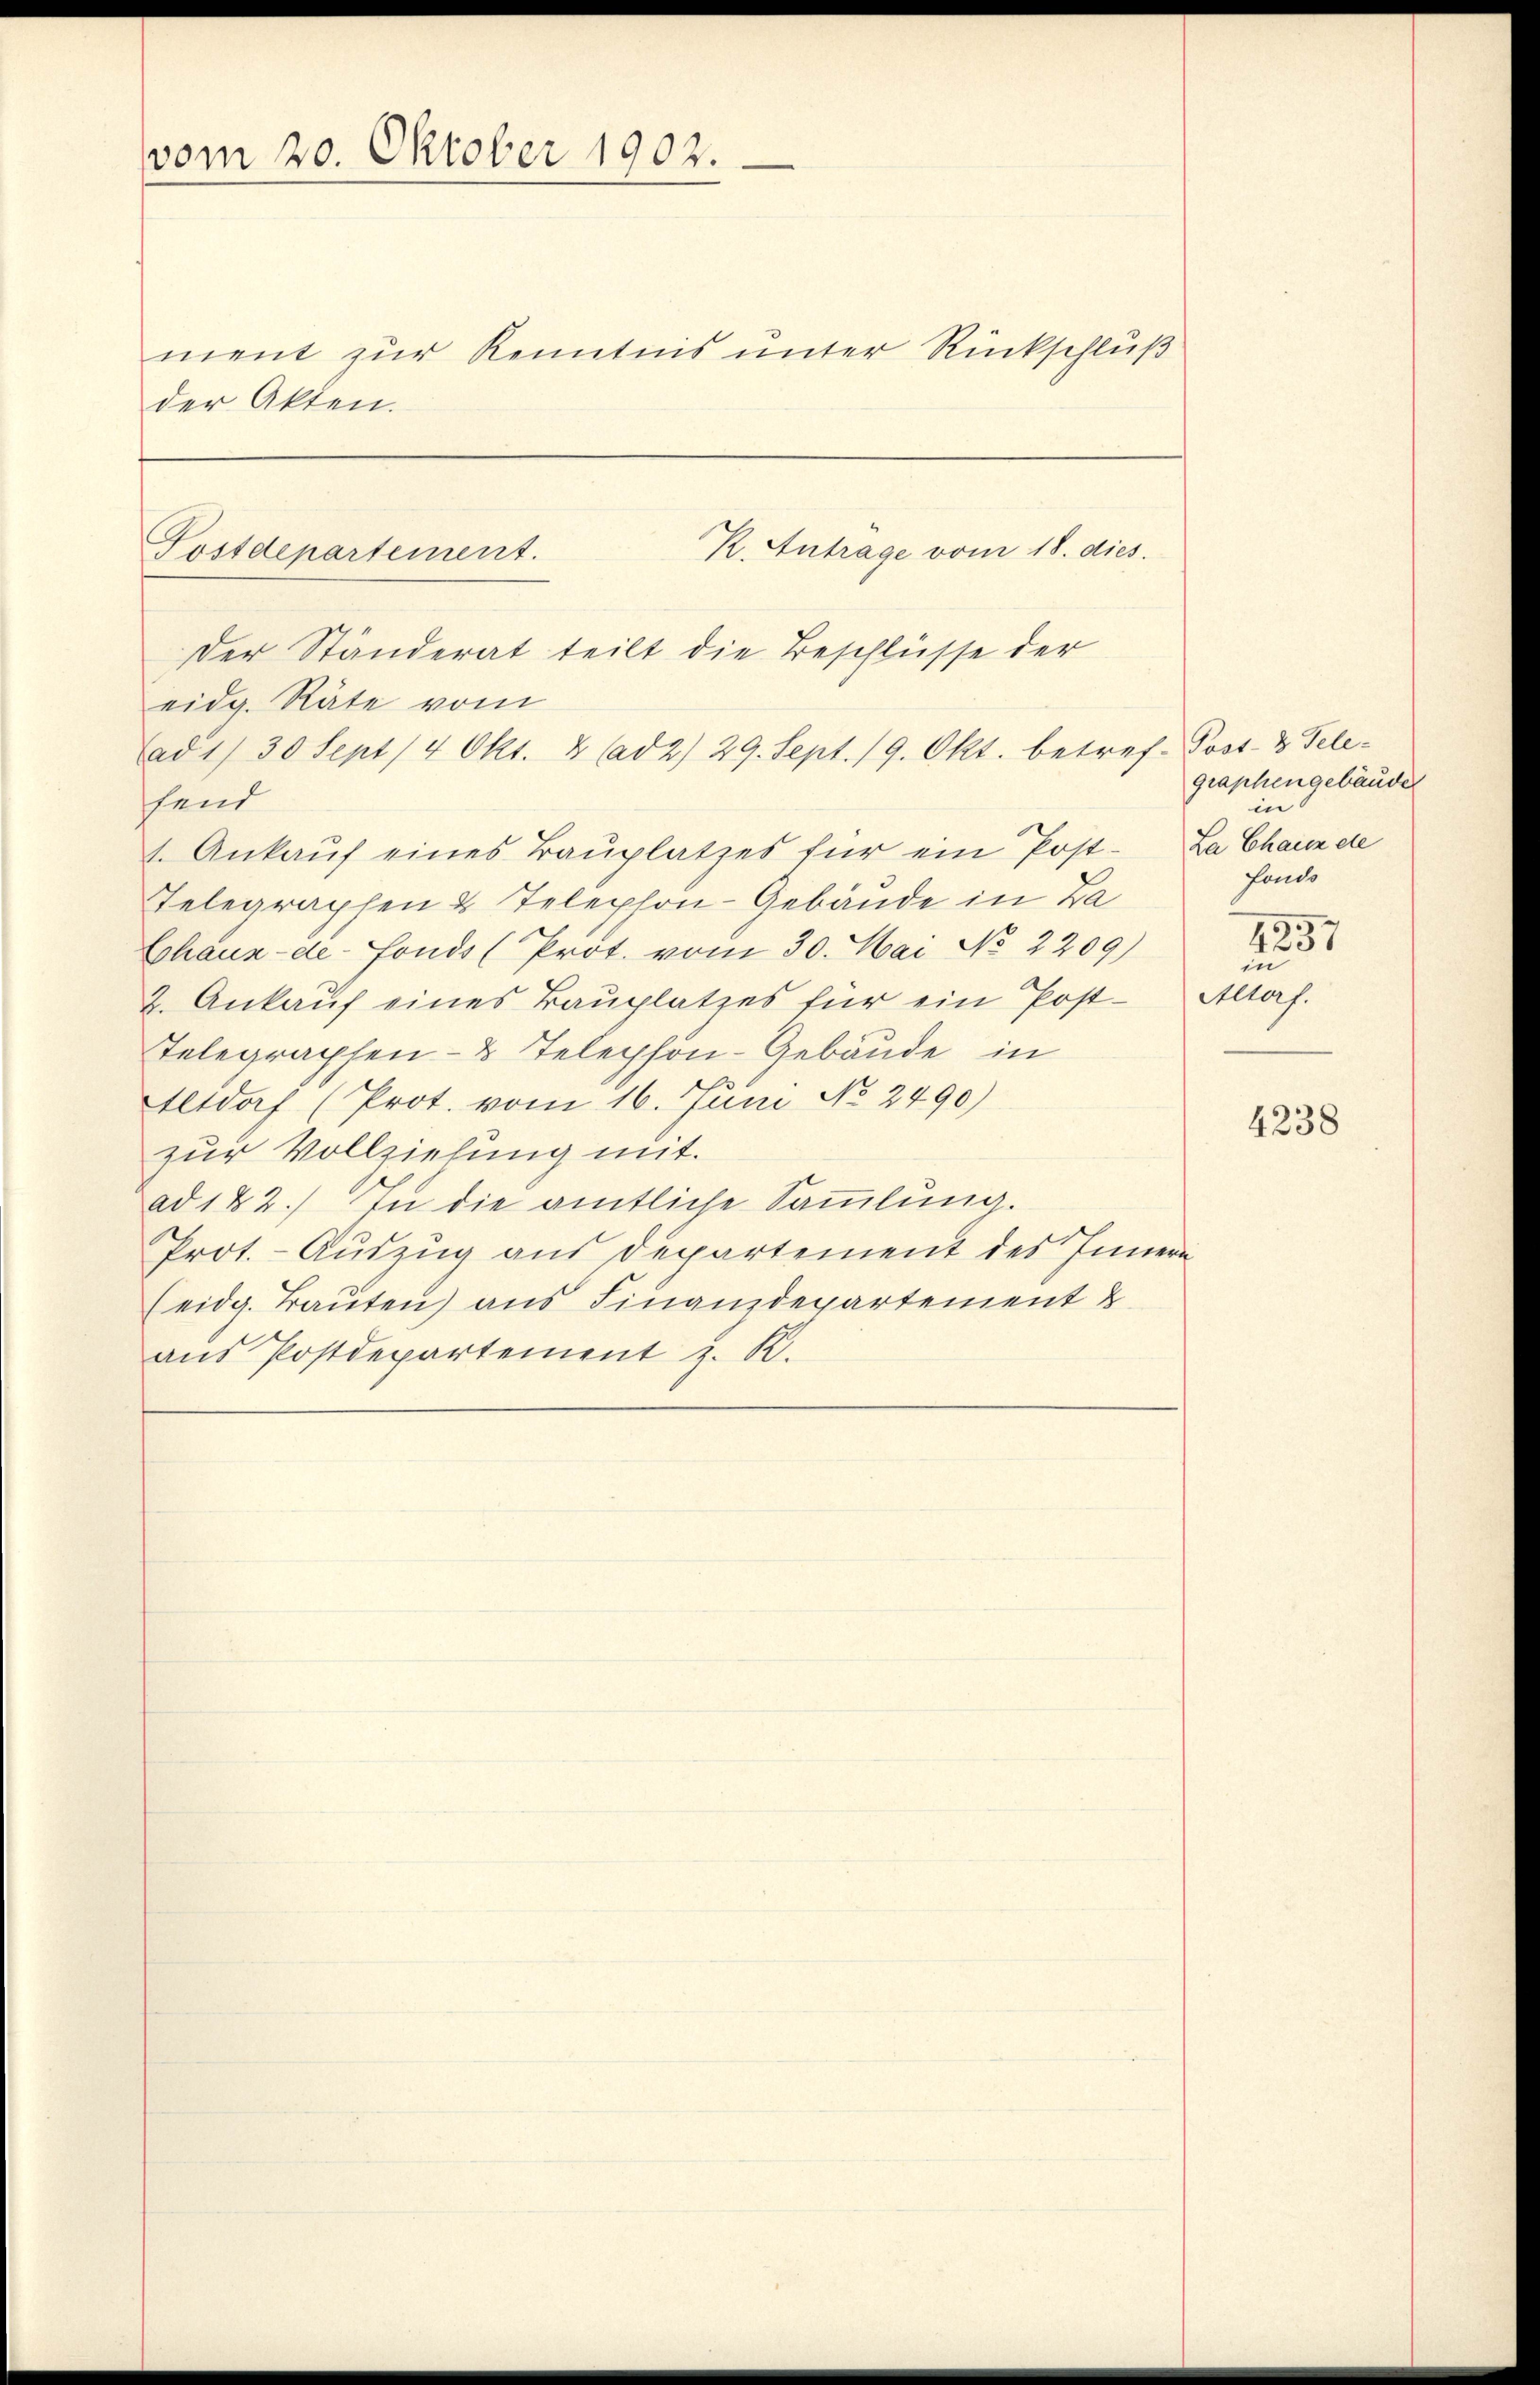
vom 20. Oktober 1902.
ment zur Kenntnis unter Rückschluß
der Akten.

eidg. Räte vom
ad 1. 30 Sept / 4 Okt. 2 (ad 2) 29. Sept. 19. Okt. betref-Post- & Tele-
hend
1. Ankauf eines Bauplatzes für ein Post-
Telegraphen & Telephon-Gebäude in Za
Chaux-de-Fonds (Prot. vom 30. Mai No 2209)
2. Ankauf eines Bauplatzes für ein Post-
Telegraphen- & Telephon-Gebäude in
Altdorf (Prot. vom 16. Juni No 2490)
zur Vollziehung mit.
ad 182.) In die amtliche Sammlung.
Prot. - Auszug aus Departement des Innern
(eidg. Trauten) aus Finanzdepartement &
ans Postdepartement z. R.

R. Antrage vom 18. dies
Postdepartement.
Der Ständerat teilt die Beschlüsse der

graphengebäude
in
La Chaux de
fonde

4237
in
Allas.

4238